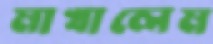
মাখালেম